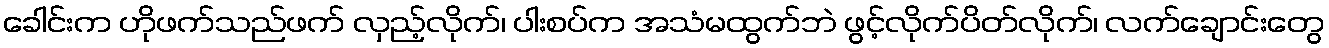
ခေါင်းက ဟိုဖက်သည်ဖက် လှည့်လိုက်၊ ပါးစပ်က အသံမထွက်ဘဲ ဖွင့်လိုက်ပိတ်လိုက်၊ လက်ချောင်းတွေ